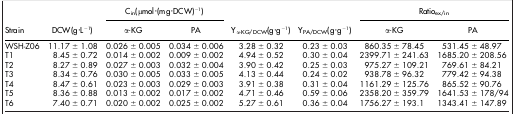
|  |  | <COLSPAN=2> Cin(μmol·(mg·DCW)−1) |  |  | <COLSPAN=2> Ratioex/in |
 | Strain | DCW(g·L−1) | α-KG | PA | Yα-KG/DCW(g·g−1) | YPA/DCW(g·g−1) | α-KG | PA |
 | --- | --- | --- | --- | --- | --- | --- | --- |
 | WSH-Z06 | 11.17 ± 1.08 | 0.026 ± 0.005 | 0.034 ± 0.006 | 3.28 ± 0.32 | 0.23 ± 0.03 | 860.35 ± 78.45 | 531.45 ± 48.97 |
 | T1 | 8.45 ± 0.72 | 0.014 ± 0.002 | 0.009 ± 0.002 | 4.94 ± 0.52 | 0.30 ± 0.04 | 2399.71 ± 241.63 | 1685.20 ± 208.56 |
 | T2 | 8.27 ± 0.89 | 0.027 ± 0.003 | 0.032 ± 0.004 | 3.90 ± 0.42 | 0.25 ± 0.03 | 975.27 ± 109.21 | 769.61 ± 84.21 |
 | T3 | 8.34 ± 0.76 | 0.030 ± 0.005 | 0.033 ± 0.005 | 4.13 ± 0.44 | 0.24 ± 0.02 | 938.78 ± 96.32 | 779.42 ± 94.38 |
 | T4 | 8.47 ± 0.61 | 0.023 ± 0.003 | 0.029 ± 0.003 | 3.91 ± 0.38 | 0.31 ± 0.04 | 1161.29 ± 125.76 | 865.52 ± 90.76 |
 | T5 | 8.36 ± 0.88 | 0.013 ± 0.002 | 0.017 ± 0.002 | 4.71 ± 0.46 | 0.59 ± 0.06 | 2358.20 ± 359.79 | 1641.53 ± 178/94 |
 | T6 | 7.40 ± 0.71 | 0.020 ± 0.002 | 0.025 ± 0.002 | 5.27 ± 0.61 | 0.36 ± 0.04 | 1756.27 ± 193.1 | 1343.41 ± 147.89 |